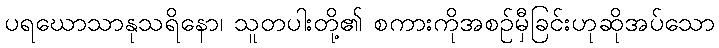
ပရဃောသာနုသရိနော၊ သူတပါးတို့၏ စကားကိုအစဉ်မှီခြင်းဟုဆိုအပ်သော